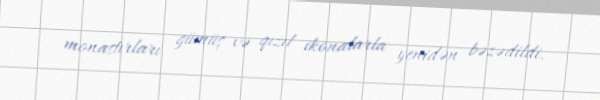
monastırları gümüş və qızıl ikonalarla yenidən bəzədildi.